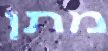
מתן